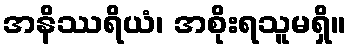
အနိဿရိယံ၊ အစိုးရသူမရှိ။